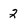
Character: 2